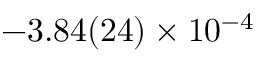
- 3 . 8 4 ( 2 4 ) \times 1 0 ^ { - 4 }